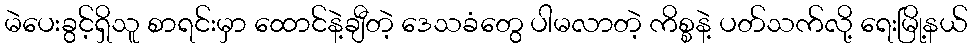
မဲပေးခွင့်ရှိသူ စာရင်းမှာ ထောင်နဲ့ချီတဲ့ ဒေသခံတွေ ပါမလာတဲ့ ကိစ္စနဲ့ ပတ်သက်လို့ ရေးမြို့နယ်